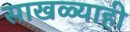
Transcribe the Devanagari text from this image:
साखळ्याही